Report on the working of the mental hospitals for Indians in Bihar and Orissa - 1925-1929
Year: 1925
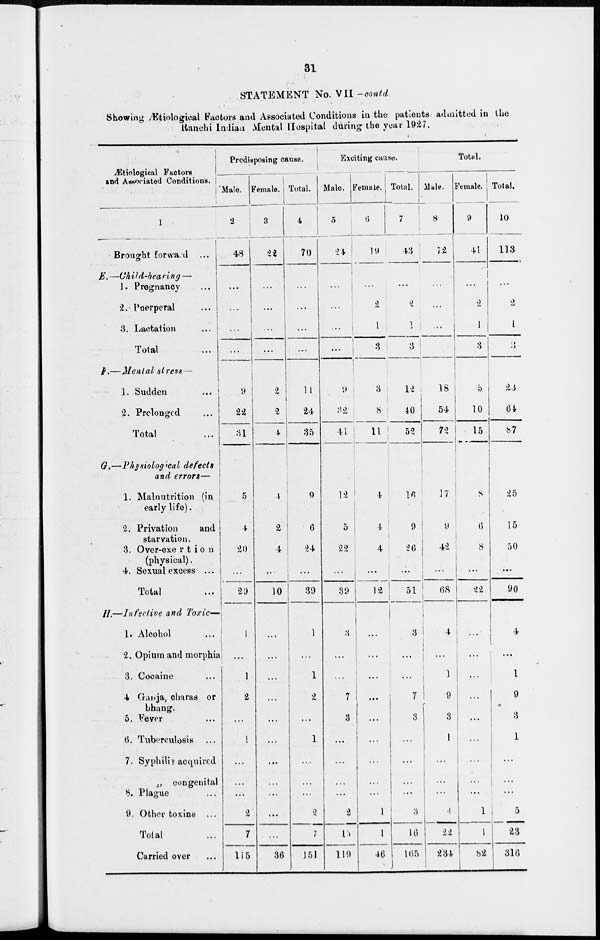
31
STATEMENT No. VII -contd.
Showing Ætiological Factors and Associated Conditions in the patients admitted in the
Ranchi Indian Mental Hospital during the year 1927.
Ætiological Factors
and Associated Conditions.
1
Brought forward
...
E. —Child-bearing —
1. Pregnancy ...
2. Puerperal ...
3. Lactation ...
Total ...
F.—Mental
stress—
1. Sudden ...
2. Prolonged ...
Total ...
G.—Physiological
defects
and errors—
1. Malnutrition (in
early life).
2. Privation
and
starvation.
3. Over-exertion
(physical).
4. Sexual excess ...
Total ...
H.—Infective and Toxic—
1. Alcohol ...
2. Opium and morphia
3. Cocaine ...
4 Ganja, charas or
bhang.
5. Fever ...
6. Tuberculosis ...
7. Syphilis acquired
„ congenital ...
8. Plague ...
9. Other toxins ...
Total ...
Carried over ...
Predisposing cause.
Male.
2
48
...
...
...
9
22
31
5
4
20
...
29
1
...
1
2
...
1
...
...
...
2
7
115
Female.
3
22
...
...
...
...
2
2
4
4
2
4
...
10
...
...
...
...
...
...
...
...
...
...
...
36
Total.
4
70
...
...
...
...
11
24
35
9
6
24
...
39
1
...
1
2
...
1
...
...
...
2
7
151
Exciting cause.
Male.
5
24
...
...
...
...
9
32
41
12
5
22
...
39
3
...
...
7
3
...
...
...
...
2
15
119
Female.
6
19
...
2
1
3
3
8
11
4
4
4
...
12
...
...
...
...
...
...
...
...
...
1
1
46
Total.
7
43
...
2
1
3
12
40
52
16
9
26
...
51
3
...
...
7
3
...
..
...
...
3
16
165
Total.
Male.
8
72
...
...
...
...
18
54
72
17
9
42
...
68
4
...
1
9
3
1
...
...
...
4
22
234
Female.
9
41
...
2
1
3
5
10
15
8
6
8
...
22
...
...
...
...
...
...
...
... ...
1
1
82
Total.
10
113
...
2
1
3
23
64
87
25
15
50
...
90
4
...
1
9
3
1
...
...
...
5
23
316